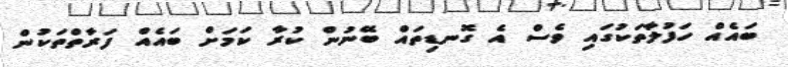
ބައެއް ހަފުލާތަކުގައި ވެސް އެ ގޮނޑިތައް ބޭނުން ކުރާ ކަމަށް ބައެއް ފަރާތްތަކުން